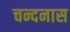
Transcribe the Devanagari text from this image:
चन्दनास